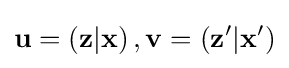
\mathbf {u} =\left(\mathbf {z} |\mathbf {x} \right),\mathbf {v} =\left(\mathbf {z} ^{\prime }|\mathbf {x} ^{\prime }\right)